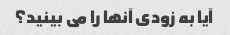
آیا به زودی آنها را می بینید؟